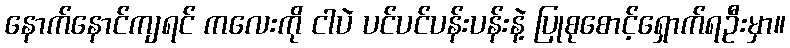
နောက်နောင်ကျရင် ကလေးကို ငါပဲ ပင်ပင်ပန်းပန်းနဲ့ ပြုစုစောင့်ရှောက်ရဦးမှာ။